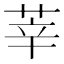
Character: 莘